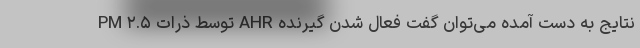
نتایج به دست آمده می‌توان گفت فعال شدن گیرنده AHR توسط ذرات PM ۲.۵